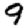
Digit: 9